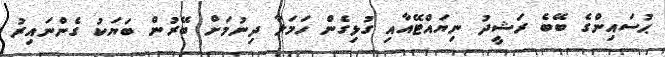
ޙުސައިންގެ ބޭބެ ރަޝީދު ނިޔައްޓޭއާއި ގުޅިގެން ހަމަލާ ދިނުމަށް ބޭރުން ބަޔަކު ގެންނައިރު